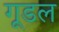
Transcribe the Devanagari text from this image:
गूडल